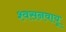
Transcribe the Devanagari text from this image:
श्वसनवायू